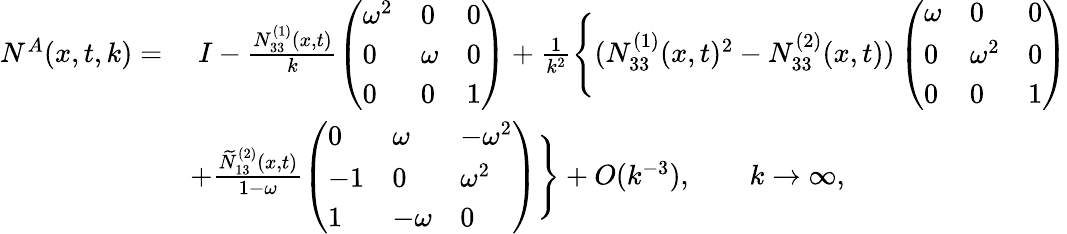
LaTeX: \begin{array}{rl}{N^{A}(x,t,k)=}&{\; I-\frac{N_{33}^{(1)}(x,t)}{k}\left(\begin{array}{lll}{\omega^{2}}&{0}&{0}\\ {0}&{\omega}&{0}\\ {0}&{0}&{1}\end{array}\right)+\frac{1}{k^{2}}\Bigg\{ (N_{33}^{(1)}(x,t)^{2}-N_{33}^{(2)}(x,t))\left(\begin{array}{lll}{\omega}&{0}&{0}\\ {0}&{\omega^{2}}&{0}\\ {0}&{0}&{1}\end{array}\right)}\\ &{+\frac{\widetilde{N}_{13}^{(2)}(x,t)}{1-\omega}\left(\begin{array}{lll}{0}&{\omega}&{-\omega^{2}}\\ {-1}&{0}&{\omega^{2}}\\ {1}&{-\omega}&{0}\end{array}\right)\Bigg\} +O(k^{-3}),\qquad k\to\infty,}\end{array}